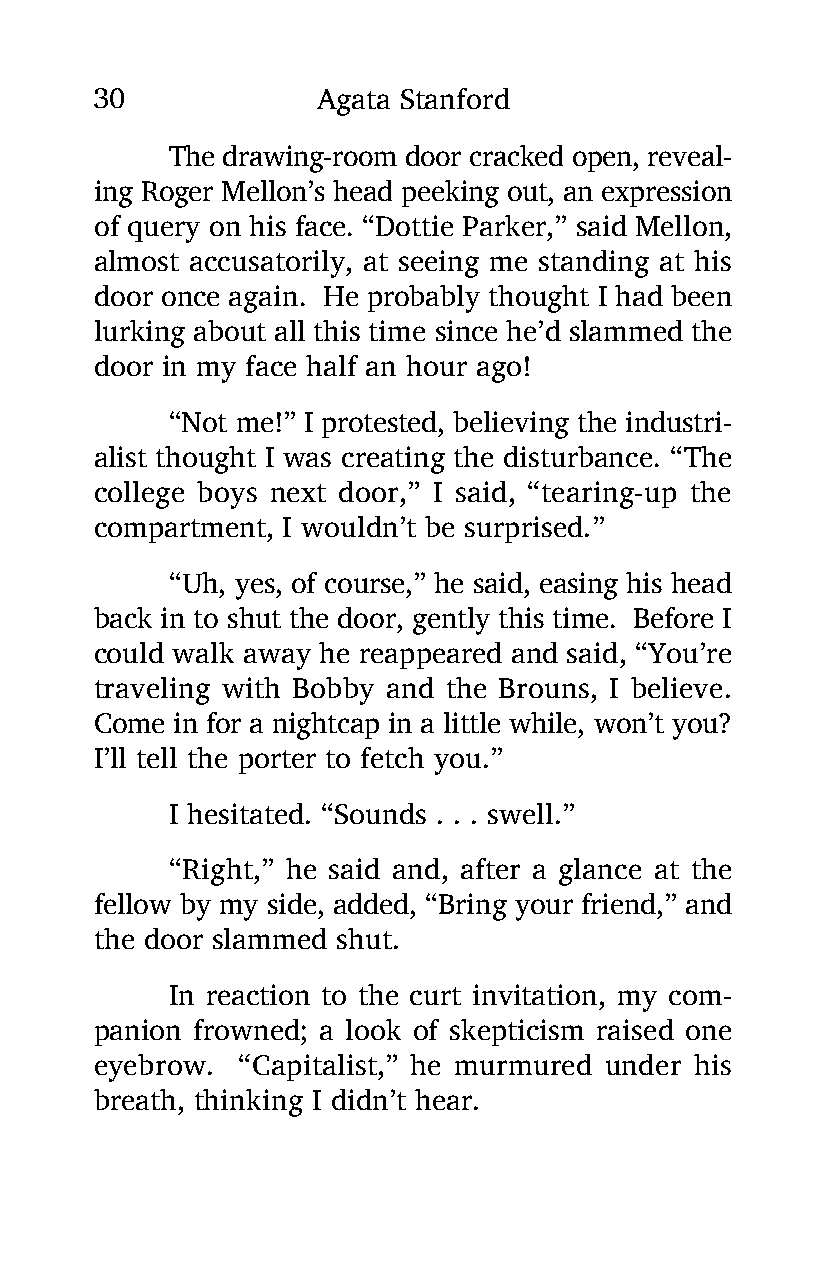
30             Agata Stanford
 The drawing-room door cracked open, reveal-
 ing Roger Mellon’s head peeking out, an expression
 of query on his face. “Dottie Parker,” said Mellon,
 almost accusatorily, at seeing me standing at his
 door once again. He probably thought I had been
 lurking about all this time since he’d slammed the
 door in my face half an hour ago!
 “Not me!” I protested, believing the industri-
 alist thought I was creating the disturbance. “The
 college boys next door,” I said, “tearing-up the
 compartment, I wouldn’t be surprised.”
 “Uh, yes, of course,” he said, easing his head
 back in to shut the door, gently this time. Before I
 could walk away he reappeared and said, “You’re
 traveling with Bobby and the Brouns, I believe.
 Come in for a nightcap in a little while, won’t you?
 I’ll tell the porter to fetch you.”
 I hesitated. “Sounds . . . swell.”
 “Right,” he said and, after a glance at the
 fellow by my side, added, “Bring your friend,” and
 the door slammed shut.
 In reaction to the curt invitation, my com-
 panion frowned; a look of skepticism raised one
 eyebrow.  “Capitalist,” he murmured under his
 breath, thinking I didn’t hear.